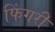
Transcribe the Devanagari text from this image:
फिंगरी